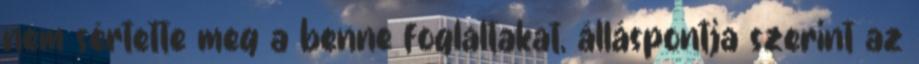
nem sértette meg a benne foglaltakat, álláspontja szerint az